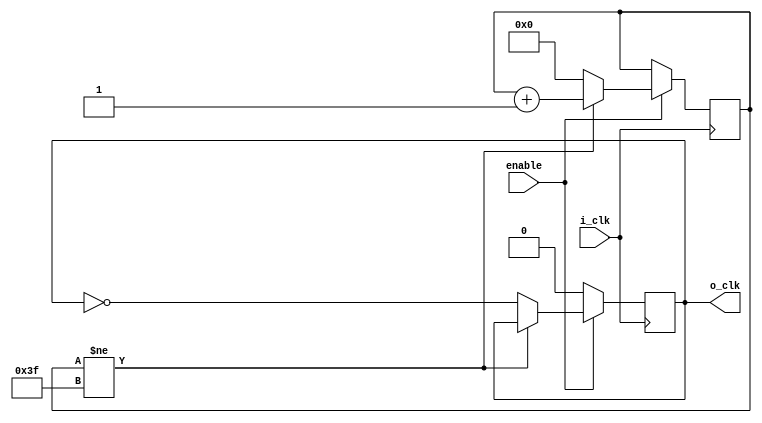
`timescale 1ns / 1ps

module BaudGen (
	input i_clk,
	input enable,
	output reg o_clk = 0
    );
	 
	parameter INPUT_FREQ = 10000000;
	parameter BAUD_RATE = 9600;
	parameter OVER_SAMPELING = 8;
	
	parameter INIT = ( INPUT_FREQ / ( BAUD_RATE * OVER_SAMPELING ) ) / 2 - 1;
	parameter FREQ_ERROR = ( INPUT_FREQ / ( INIT * 2 ) ) - ( BAUD_RATE * OVER_SAMPELING );
	initial $display(" init  is %d \n FREQ_ERROR %d \n freq is %d", INIT,  FREQ_ERROR, INPUT_FREQ / INIT);
	
	reg [$clog2(INIT):0] cnt = 0;
	
	always @(posedge i_clk) begin
		if(enable)
			if(cnt != INIT - 1)
				cnt <= cnt + 1;
			else begin
				cnt <= 0;
				o_clk <= ~o_clk;
			end
		else
			o_clk <= 0;
	end
	

endmodule